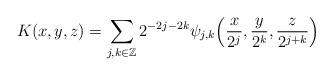
LaTeX: \begin{align*}K(x,y,z) = \sum_{j,k\in\mathbb Z} 2^{-2j-2k} \psi_{j,k}\Big( {x\over 2^j},{y\over 2^k},{z\over 2^{j+k}} \Big)\end{align*}